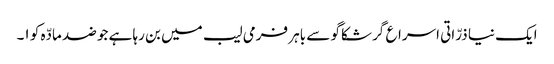
ایک نیا ذرّاتی اسراع گر شکاگو سے باہر فرمی لیب میں بن رہا ہے جو ضد مادّہ کو ١۔